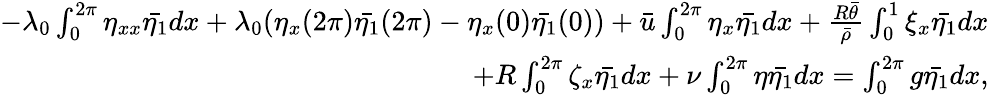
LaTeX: \begin{array}{r}{-\lambda_{0}\int_{0}^{2\pi}\eta_{xx}\bar{\eta_{1}}dx+\lambda_{0}(\eta_{x}(2\pi)\bar{\eta_{1}}(2\pi)-\eta_{x}(0)\bar{\eta_{1}}(0))+\bar{u}\int_{0}^{2\pi}\eta_{x}\bar{\eta_{1}}dx+\frac{R\bar{\theta}}{\bar{\rho}}\int_{0}^{1}\xi_{x}\bar{\eta_{1}}dx}\\ {+R\int_{0}^{2\pi}\zeta_{x}\bar{\eta_{1}}dx+\nu\int_{0}^{2\pi}\eta\bar{\eta_{1}}dx=\int_{0}^{2\pi}g\bar{\eta_{1}}dx,}\end{array}